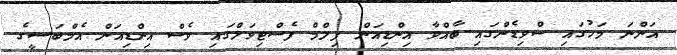
އަންނަ މަހުގައި ސްވިޑެންގައި ބާއްވާ އިންޑިއަން ފިލްމް ފެސްޓިވަލްގައި ވެސް އިންޑިއަން އެމްބަސީގެ